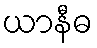
ယာနီဓ